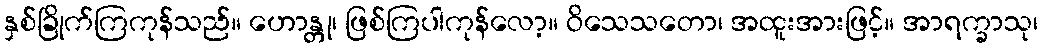
နှစ်ခြိုက်ကြကုန်သည်။ ဟောန္တု၊ ဖြစ်ကြပါကုန်လော့။ ဝိသေသတော၊ အထူးအားဖြင့်။ အာရက္ခာသု၊